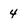
Character: 4